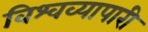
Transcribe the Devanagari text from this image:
विश्वव्यापारी